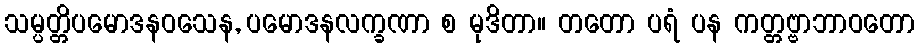
သမ္ပတ္တိပမောဒနဝသေန, ပမောဒနလက္ခဏာ စ မုဒိတာ။ တတော ပရံ ပန ကတ္တဗ္ဗာဘာဝတော